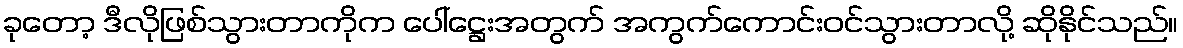
ခုတော့ ဒီလိုဖြစ်သွားတာကိုက ပေါ်ဋ္ဌေးအတွက် အကွက်ကောင်းဝင်သွားတာလို့ ဆိုနိုင်သည်။